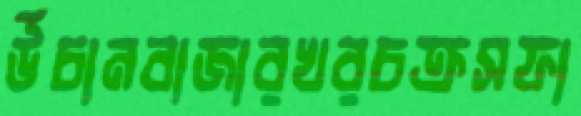
উঁচানবাজারখরচক্রসফা